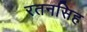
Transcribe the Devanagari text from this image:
रतनसिह